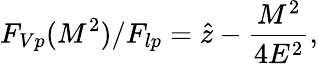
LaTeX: F_{Vp}(M^{2})/F_{lp}=\hat{z}-\frac{M^{2}}{4E^{2}},